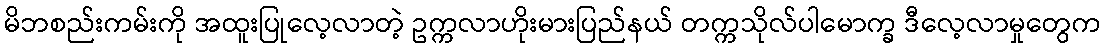
မိဘစည်းကမ်းကို အထူးပြုလေ့လာတဲ့ ဥက္ကလာဟိုးမားပြည်နယ် တက္ကသိုလ်ပါမောက္ခ ဒီလေ့လာမှုတွေက